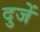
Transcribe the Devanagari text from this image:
दुजें